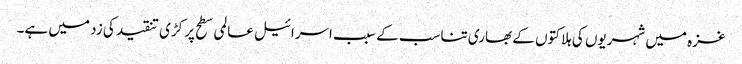
غزہ میں شہریوں کی ہلاکتوں کے بھاری تناسب کے سبب اسرائیل عالمی سطح پر کڑی تنقید کی زد میں ہے۔